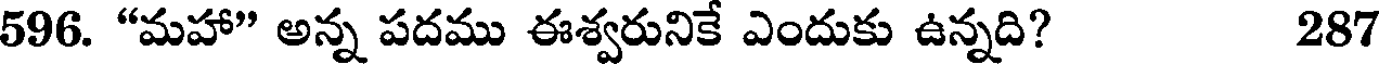
596. "మహా" అన్న పదము ఈశ్వరునికే ఎందుకు ఉన్నది? 287